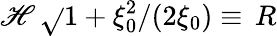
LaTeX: \mathscr{H}\, \sqrt{}{{1+\xi_{0}^{2}}}/(2\xi_{0})\equiv\, R